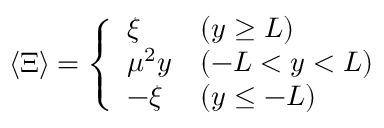
\langle \Xi \rangle = \left\{ \begin{array} { l l } { { \xi } } & { { ( y \geq L ) } } \\ { { \mu ^ { 2 } y } } & { { ( - L < y < L ) } } \\ { { - \xi } } & { { ( y \leq - L ) } } \end{array} \right.